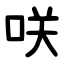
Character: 咲